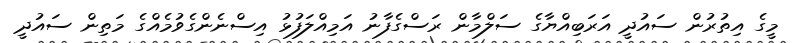
މީގެ އިތުރުން ސައުދީ އަރަބިއްޔާގެ ސަލްމާން ރަސްގެފާނު އަމިއްލަފުޅު އިސްނެންގެވުމެއްގެ މަތިން ސައުދީ